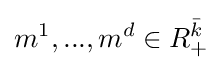
m^{1},...,m^{d}\in R_{+}^{\bar {k}}